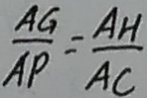
\frac { A G } { A P } = \frac { A H } { A C }